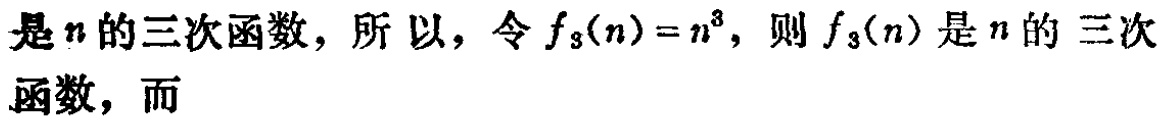
是\(n\)的三次函数，所以，令\(f_{3}(n)=n^{3}\)，则\(f_{3}(n)\)是\(n\)的三次函数，而